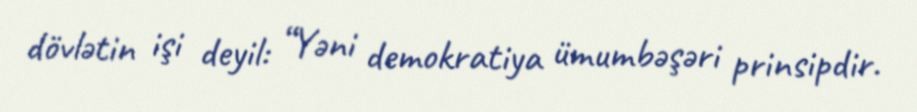
dövlətin işi deyil: “Yəni demokratiya ümumbəşəri prinsipdir.